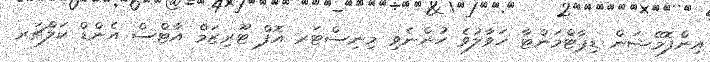
އިންފޮމޭޝަން ޑިޕާޓްމަންޓާ ހަވާލުވެ ހުންނެވި މިނިސްޓަރ އޮފް ޓޫރިޒަމް އާޓްސް އެންޑް ކަލްޗަރ